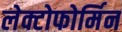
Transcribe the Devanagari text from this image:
लेक्टोफोर्मिन